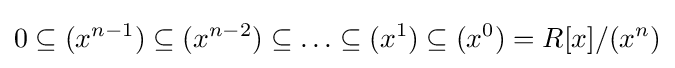
0\subseteq (x^{n-1})\subseteq (x^{n-2})\subseteq \ldots \subseteq (x^{1})\subseteq (x^{0})=R[x]/(x^{n})